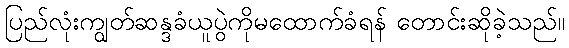
ပြည်လုံးကျွတ်ဆန္ဒခံယူပွဲကိုမထောက်ခံရန် တောင်းဆိုခဲ့သည်။